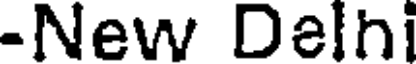
-New Delhi